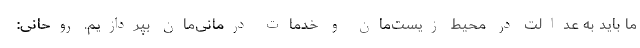
ما باید به عدالت در محیط زیست‌مان و خدمات درمانی‌مان بپردازیم. روحانی: